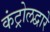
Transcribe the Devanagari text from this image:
कंट्रोलद्वारे